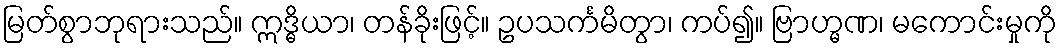
မြတ်စွာဘုရားသည်။ ဣဒ္ဓိယာ၊ တန်ခိုးဖြင့်။ ဥပသင်္ကမိတွာ၊ ကပ်၍။ ဗြာဟ္မဏ၊ မကောင်းမှုကို